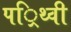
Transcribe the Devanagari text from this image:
पर्िथ्वी